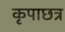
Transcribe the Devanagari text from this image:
कृपाछत्र